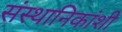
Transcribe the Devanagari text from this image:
संस्थानिकांशी